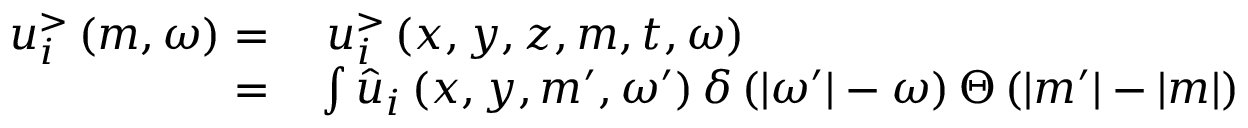
\begin{array} { r l } { u _ { i } ^ { > } \left( m , \omega \right) = } & { { } \; u _ { i } ^ { > } \left( x , y , z , m , t , \omega \right) } \\ { = } & { { } \int \hat { u } _ { i } \left( x , y , m ^ { \prime } , \omega ^ { \prime } \right) \delta \left( | \omega ^ { \prime } | - \omega \right) \Theta \left( | m ^ { \prime } | - | m | \right) } \end{array}